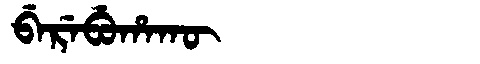
Manchu: ᠪᡝᡵᡝᠪᡠᡥᠠᡴᡡ
Romanization: BEREBUHAKŪ